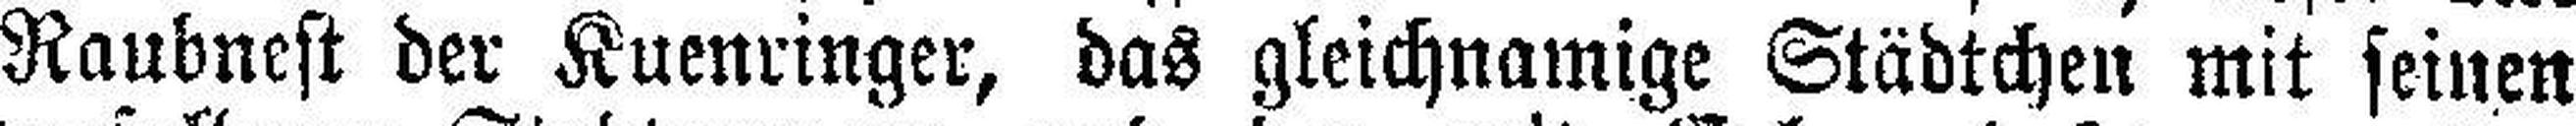
Raubnest der Kuenringer, das gleichnamige Städtchen mit seinen